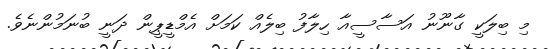
މި ބިލަކީ ގާނޫނު އަސާސީއާ ހިލާފު ބިލެއް ކަމަށް އެމްޑީޕީން ދަނީ ބުނަމުންނެވެ.